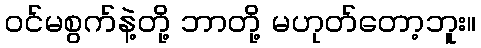
ဝင်မစွက်နဲ့တို့ ဘာတို့ မဟုတ်တော့ဘူး။